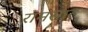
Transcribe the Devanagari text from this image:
रामसार